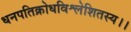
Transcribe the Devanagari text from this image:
धनपतिक्रोधविश्लेशितस्य।।